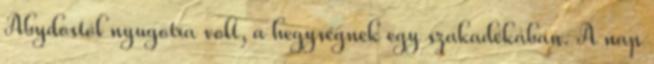
Abydostól nyugotra volt, a hegységnek egy szakadékában. A nap